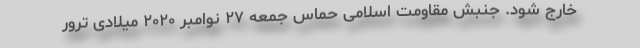
خارج شود. جنبش مقاومت اسلامی حماس جمعه ۲۷ نوامبر ۲۰۲۰ میلادی ترور